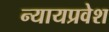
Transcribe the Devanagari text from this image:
न्यायप्रवेश